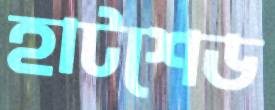
হাটশেড